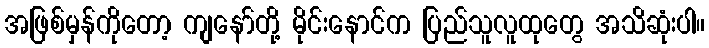
အဖြစ်မှန်ကိုတော့ ကျနော်တို့ မိုင်းနောင်က ပြည်သူလူထုတွေ အသိဆုံးပါ။